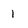
Character: 1